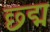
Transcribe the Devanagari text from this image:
छ्द्म